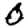
Digit: 0